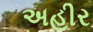
અહીર